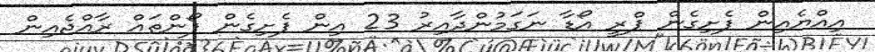
އިއްޔެއިން ފެށިގެން ޕްރީ އޯޑާ ނަގަމުންދާއިރު 23 އިން ފެށިގެން ފޯންތައް ރާއްޖެއިން